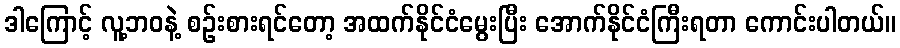
ဒါကြောင့် လူ့ဘဝနဲ့ စဉ်းစားရင်တော့ အထက်နိုင်ငံမွေးပြီး အောက်နိုင်ငံကြီးရတာ ကောင်းပါတယ်။